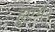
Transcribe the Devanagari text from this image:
हुएथे।